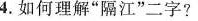
4.如何理解”隔江“二字？